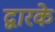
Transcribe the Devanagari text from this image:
द्वारके